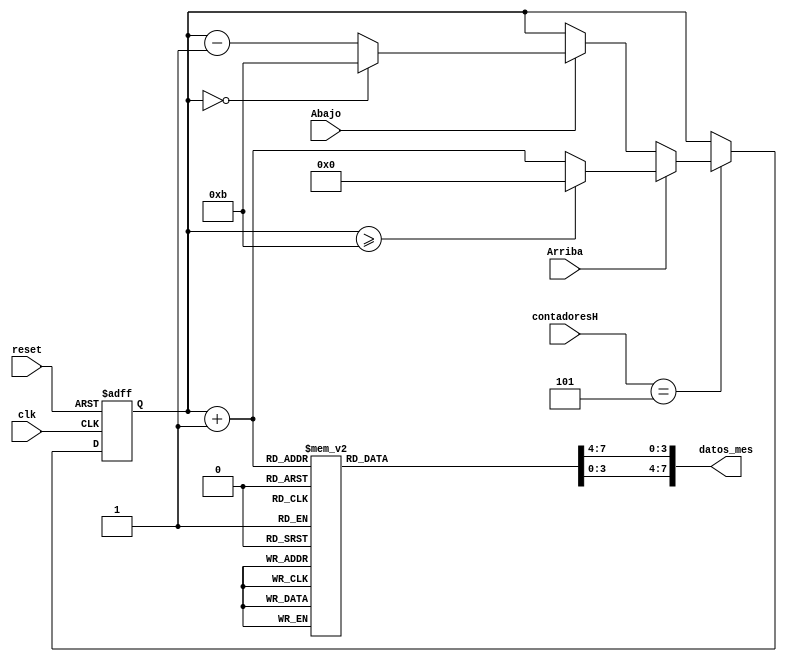
`timescale 1ns / 1ps
//////////////////////////////////////////////////////////////////////////////////
// Company: 
// Engineer: 
// 
// Design Name: 
// Module Name: contador_AD_MES_2dig
// Project Name: 
// Target Devices: 
// Tool Versions: 
// Description: 
// 
// Dependencies: 
// 
// Revision:
// Revision 0.01 - File Created
// Additional Comments:
// 
//////////////////////////////////////////////////////////////////////////////////


module contador_AD_MES_2dig(
input wire clk,
input wire reset,
input wire [3:0] contadoresH,//en_count,
input wire Arriba,//enUP,
input wire Abajo,//enDOWN,
output wire [7:0] datos_mes//data_MES
);

localparam N = 4; // Para definir el nmero de bits del contador (hasta 12->4 bits)
//Declaracin de seales
reg [N-1:0] q_act, q_next;
wire [N-1:0] count_data;
reg [3:0] digit1, digit0;

// Bits del contador para generar una seal peridica de (2^N)*10ns
localparam N_bits =24;//~4Hz

reg [N_bits-1:0] btn_pulse_reg;
reg btn_pulse;

always @(posedge clk, posedge reset) //ciclo donde cada vez que hay una subida de reloj suma 1 al registro btn_pulse
begin
	if (reset)begin btn_pulse_reg <= 0; btn_pulse <= 0; end
	
	else
	begin
		if (btn_pulse_reg == 24'd12999999) //cuando llege a 12999999 se reinicia el registro
			begin
			btn_pulse_reg <= 0;
			btn_pulse <= ~btn_pulse;
			end
		else
			btn_pulse_reg <= btn_pulse_reg + 1'b1;
	end
end	
//____________________________________________________________________________________________________________

//Descripcin del comportamiento
always@(posedge clk, posedge reset) //cada vez que hay un cambio de bajo a alto de btn_pulse el q_act cambia al estado siguiente
begin	
	
	if(reset)
	begin
		q_act <= 4'b0;
	end
	
	else
	begin
		q_act <= q_next;
	end
end


//Lgica de salida

always@*
begin

	if (contadoresH == 5) //ciclo donde cada vez que los contadores habilitados sea 5 va a poder cofigurar el mes sumando 1 o restando 1 al q_act
	begin
		if (Arriba)
		begin
			if (q_act >= 4'd11) q_next = 4'd0;
			else q_next = q_act + 4'd1;
		end
		
		else if (Abajo)
		begin
			if (q_act == 4'd0) q_next = 4'd11;
			else q_next = q_act - 4'd1;
		end
		else q_next = q_act; //si no el contadoresH no es 5 se mantiene el valor de q_act
	end
	else q_next = q_act;
	
end

assign count_data = q_act + 1'b1;//Suma 1 a todas las cuentas de 0->11 a 1->12



always@* // Se decodifica el count_data a de decimal a binario con 2 digitos
begin
case(count_data) 

8'd1: begin digit1 = 4'b0000; digit0 = 4'b0001; end
8'd2: begin digit1 = 4'b0000; digit0 = 4'b0010; end
8'd3: begin digit1 = 4'b0000; digit0 = 4'b0011; end
8'd4: begin digit1 = 4'b0000; digit0 = 4'b0100; end
8'd5: begin digit1 = 4'b0000; digit0 = 4'b0101; end
8'd6: begin digit1 = 4'b0000; digit0 = 4'b0110; end
8'd7: begin digit1 = 4'b0000; digit0 = 4'b0111; end
8'd8: begin digit1 = 4'b0000; digit0 = 4'b1000; end
8'd9: begin digit1 = 4'b0000; digit0 = 4'b1001; end

8'd10: begin digit1 = 4'b0001; digit0 = 4'b0000; end
8'd11: begin digit1 = 4'b0001; digit0 = 4'b0001; end
8'd12: begin digit1 = 4'b0001; digit0 = 4'b0010; end

default:  begin digit1 = 0; digit0 = 0; end
endcase
end

assign datos_mes = {digit1,digit0};

endmodule